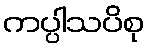
ကပ္ပါသပိစု